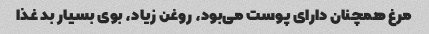
مرغ همچنان دارای پوست می‌بود، روغن زیاد، بوی بسیار بد غذا